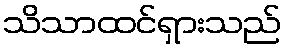
သိသာထင်ရှားသည်